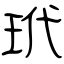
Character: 玳